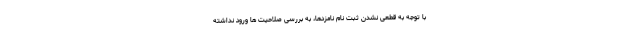
با توجه به قطعی نشدن ثبت نام نامزدها، به بررسی صلاحیت ها ورود نداشته